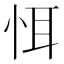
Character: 𢙘